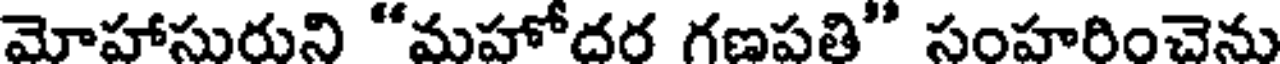
మోహాసురుని "మహోదర గణపతి" సంహరించెను